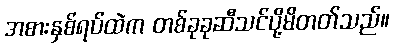
အစားနှစ်ရပ်ထဲက တစ်ခုခုဆီသင်ပို့မိတတ်သည်။